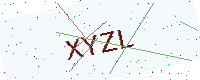
Text: XYZL